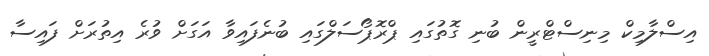
އިސްލާމިކް މިނިސްޓްރީން ބުނި ގޮތުގައި ޕްރޮޕޯސަލްގައި ބުނެފައިވާ އަގަށް ވުރެ އިތުރަށް ފައިސާ